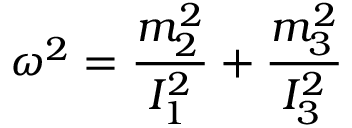
{ \boldsymbol \omega } ^ { 2 } = \frac { m _ { 2 } ^ { 2 } } { I _ { 1 } ^ { 2 } } + \frac { m _ { 3 } ^ { 2 } } { I _ { 3 } ^ { 2 } }